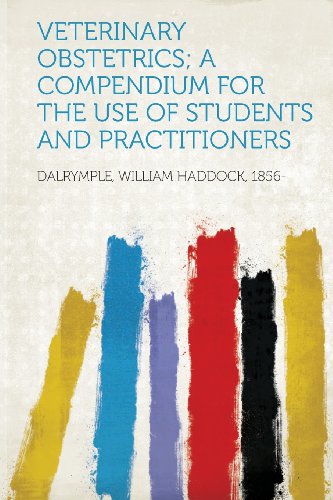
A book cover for Veterinary Obstetrics; A Compendium for the Use of Students and Practitioners; Medical Books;